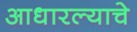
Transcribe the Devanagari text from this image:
आधारल्याचे